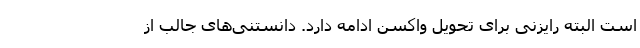
است البته رایزنی برای تحویل واکسن ادامه دارد. دانستنی‌های جالب از